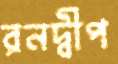
রনদ্বীপ